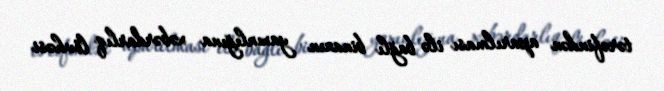
tərəfindən aparılması ilə bağlı binanın yaxınlığına xəbərdarlıq lövhəsi